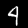
Digit: 4